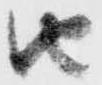
由